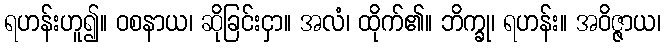
ရဟန်းဟူ၍။ ဝစနာယ၊ ဆိုခြင်းငှာ။ အလံ၊ ထိုက်၏။ ဘိက္ခု၊ ရဟန်း။ အဝိဇ္ဇာယ၊